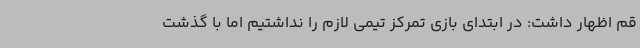
قم اظهار داشت: در ابتدای بازی تمرکز تیمی لازم را نداشتیم اما با گذشت